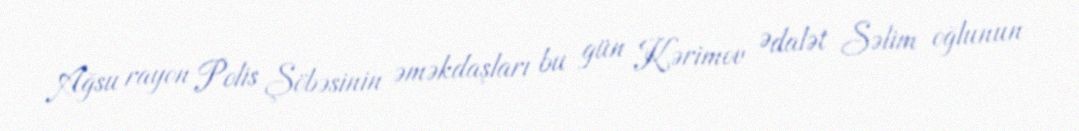
Ağsu rayon Polis Şöbəsinin əməkdaşları bu gün Kərimov Ədalət Səlim oğlunun